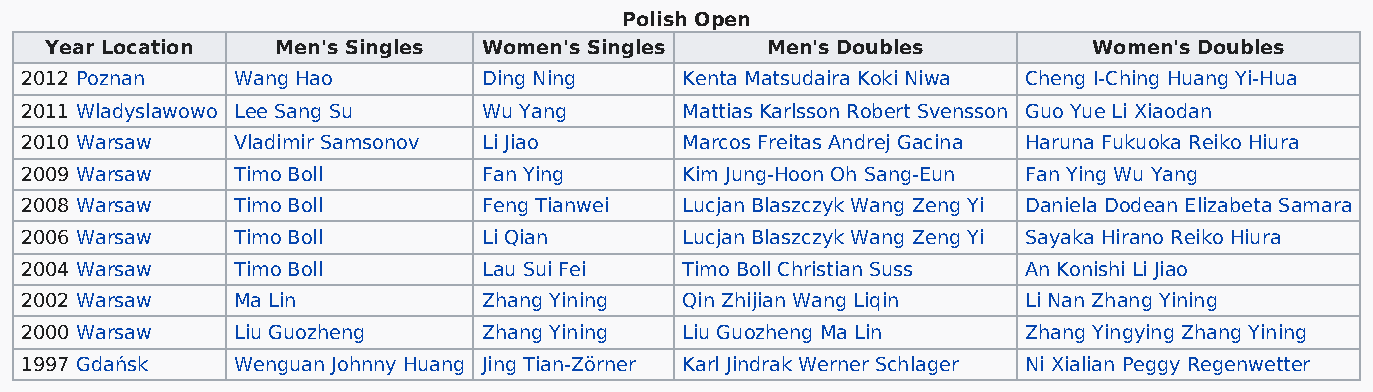
Polish Open
 Year Location  Men's Singles Women's Singles    Men's Doubles        Women's Doubles
 2012 Poznan   Wang Hao         Ding Ning    Kenta Matsudaira Koki Niwa Cheng I-Ching Huang Yi-Hua
 2011 Wladyslawowo Lee Sang Su  Wu Yang      Mattias Karlsson Robert Svensson Guo Yue Li Xiaodan
 2010 Warsaw   Vladimir Samsonov Li Jiao     Marcos Freitas Andrej Gacina Haruna Fukuoka Reiko Hiura
 2009 Warsaw   Timo Boll        Fan Ying     Kim Jung-Hoon Oh Sang-Eun Fan Ying Wu Yang
 2008 Warsaw   Timo Boll        Feng Tianwei Lucjan Blaszczyk Wang Zeng Yi Daniela Dodean Elizabeta Samara
 2006 Warsaw   Timo Boll        Li Qian      Lucjan Blaszczyk Wang Zeng Yi Sayaka Hirano Reiko Hiura
 2004 Warsaw   Timo Boll        Lau Sui Fei  Timo Boll Christian Suss An Konishi Li Jiao
 2002 Warsaw   Ma Lin           Zhang Yining Qin Zhijian Wang Liqin Li Nan Zhang Yining
 2000 Warsaw   Liu Guozheng     Zhang Yining Liu Guozheng Ma Lin    Zhang Yingying Zhang Yining
 1997 Gdańsk   Wenguan Johnny Huang Jing Tian-Zörner Karl Jindrak Werner Schlager Ni Xialian Peggy Regenwetter